Lunatic asylums in Bengal annual reports 1912-1924 - 1912-1924
Year: 1912
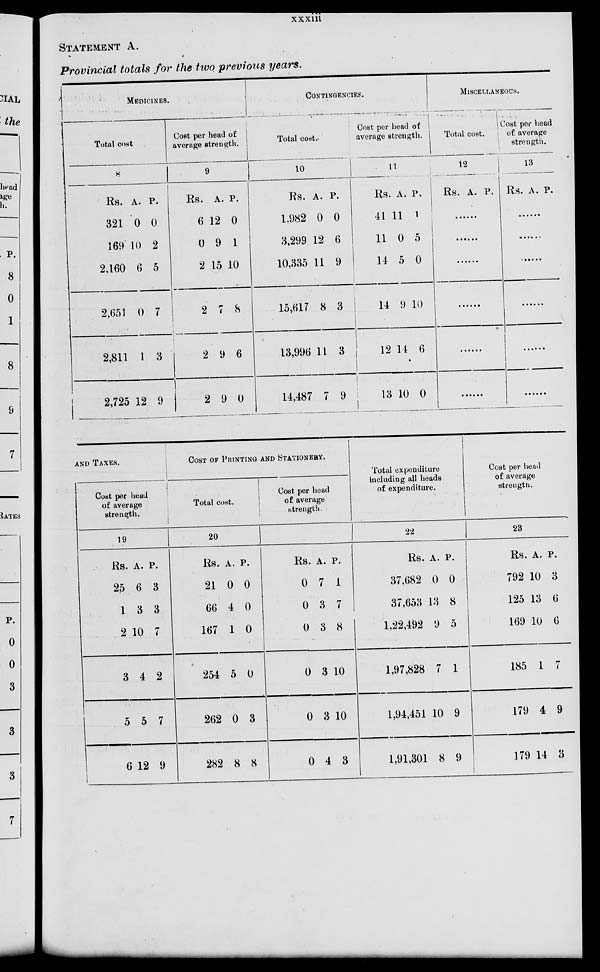
xxxiii
STATEMENT A.
Provincial totals for the two previous years.
MEDICINES.
Total cost
8
Rs.
321
169
2,160
2,651
2,811
2,725
A.
0
10
6
0
1
12
P.
0
2
5
7
3
9
Cost per head of
average strength.
9
Rs.
6
0
2
2
2
2
A.
12
9
15
7
9
9
P.
0
1
10
8
6
0
CONTINGENCIES.
Total cost.
10
Rs.
1,982
3,299
10,335
15,617
13,996
14,487
A.
0
12
11
8
11
7
P.
0
6
9
3
3
9
Cost per head of
average strength.
11
Rs.
41
11
14
11
19
13
A.
11
0
5
9
14
10
P.
1
5
0
10
6
0
MISCELLANEOUS.
Total cost.
12
Rs. A. P.
......
......
......
......
......
......
Cost per head
of average
strength.
13
Rs. A. P.
......
......
......
......
......
......
AND TAXES.
Cost per head
of average
strength.
19
Rs.
25
1
2
3
5
6
A.
6
3
10
4
5
12
P.
3
3
7
2
7
9
COST OF PRINTING AND STATIONERY.
Total cost.
20
Rs.
21
66
167
254
262
282
A.
0
4
1
5
0
8
P.
0
0
0
0
3
8
Cost per head
of average
strength.
21
Rs.
0
0
0
0
0
0
A.
7
3
3
3
3
4
P.
1
7
8
10
10
3
Total expenditure
including all heads
of expenditure.
22
Rs.
37,682
37,653
1,22,492
1,97,828
1,94,451
1,91,301
A.
0
13
9
7
10
8
P.
0
8
5
1
9
9
Cost per head
of average
strength.
23
Rs.
792
125
169
185
179
179
A.
10
13
10
1
4
14
P.
3
6
6
7
9
3